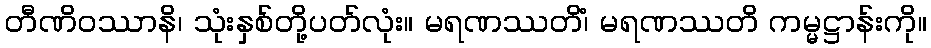
တီဏိဝဿာနိ၊ သုံးနှစ်တို့ပတ်လုံး။ မရဏဿတိံ၊ မရဏဿတိ ကမ္မဋ္ဌာန်းကို။